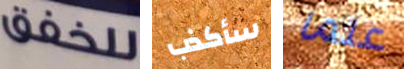
للخفق سأكذب علما